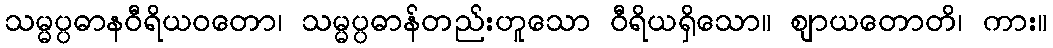
သမ္မပ္ပဓာနဝီရိယဝတော၊ သမ္မပ္ပဓာန်တည်းဟူသော ဝီရိယရှိသော။ ဈာယတောတိ၊ ကား။